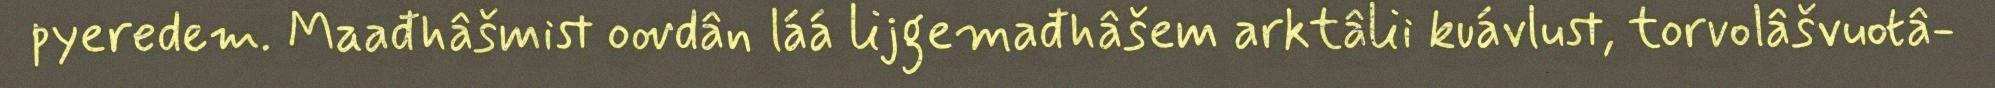
pyeredem. Maađhâšmist oovdân láá lijgemađhâšem arktâlii kuávlust, torvolâšvuotâ-